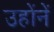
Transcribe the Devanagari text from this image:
उहोंनें